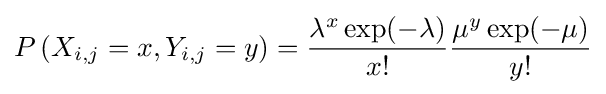
P\left(X_{i,j}=x,Y_{i,j}=y\right)={\frac {\lambda ^{x}\exp(-\lambda )}{x!}}{\frac {\mu ^{y}\exp(-\mu )}{y!}}